Report on vaccination in Madras 1877-1894 - 1877-1894
Year: 1877
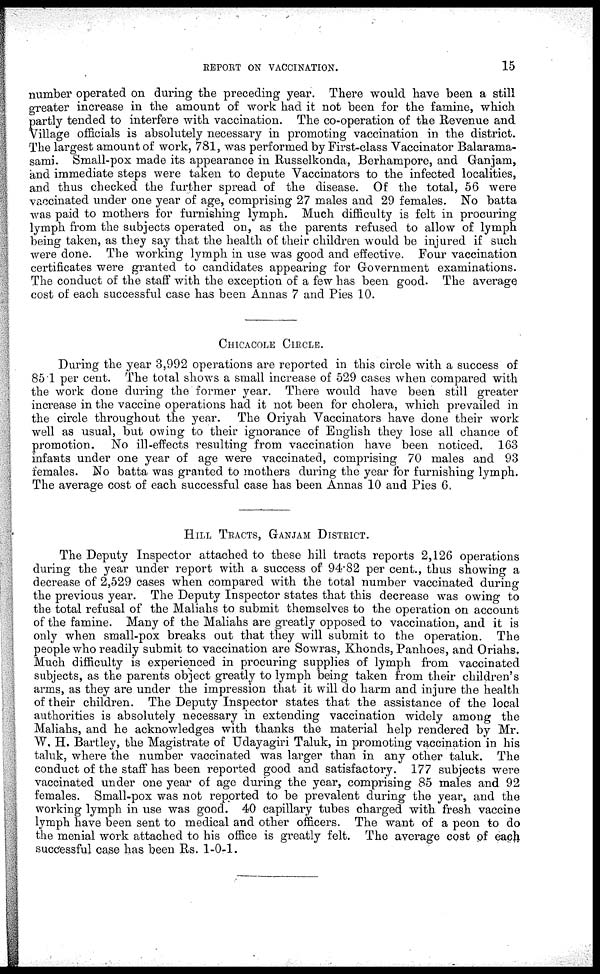
REPORT ON VACCINATION.
15
number operated on during the preceding year. There would have been a still
greater increase in the amount of work had it not been for the famine, which
partly tended to interfere with vaccination. The co-operation of the Revenue and
Village officials is absolutely necessary in promoting vaccination in the district.
The largest amount of work, 781, was performed by First-class Vaccinator Balarama¬
sami. Small-pox made its appearance in Russelkonda, Berhampore, and Ganjam,
and immediate steps were taken to depute Vaccinators to the infected localities,
and thus checked the further spread of the disease. Of the total, 56 were
vaccinated under one year of age, comprising 27 males and 29 females. No batta
was paid to mothers for furnishing lymph. Much difficulty is felt in procuring
lymph from the subjects operated on, as the parents refused to allow of lymph
being taken, as they say that the health of their children would be injured if such
were done. The working lymph in use was good and effective. Four vaccination
certificates were granted to candidates appearing for Government examinations.
The conduct of the staff with the exception of a few has been good. The average
cost of each successful case has been Annas 7 and Pies 10.
CHICACOLE CIRCLE.
During the year 3,992 operations are reported in this circle with a success of
85.1 per cent. The total shows a small increase of 529 cases when compared with
the work done during the former year. There would have been still greater
increase in the vaccine operations had it not been for cholera, which prevailed in
the circle throughout the year. The Oriyah Vaccinators have done their work
well as usual, but owing to their ignorance of English they lose all chance of
promotion. No ill-effects resulting from vaccination have been noticed. 163
infants under one year of age were vaccinated, comprising 70 males and 93
females. No batta was granted to mothers during the year for furnishing lymph.
The average cost of each successful case has been Annas 10 and Pies 6.
HILL TRACTS, GANJAM DISTRICT.
The Deputy Inspector attached to these hill tracts reports 2,126 operations
during the year under report with a success of 94.82 per cent., thus showing a
decrease of 2,529 cases when compared with the total number vaccinated during
the previous year. The Deputy Inspector states that this decrease was owing to
the total refusal of the Maliahs to submit themselves to the operation on account
of the famine. Many of the Maliahs are greatly opposed to vaccination, and it is
only when small-pox breaks out that they will submit to the operation. The
people who readily submit to vaccination are Sowras, Khonds, Panhoes, and Oriahs.
Much difficulty is experienced in procuring supplies of lymph from vaccinated
subjects, as the parents object greatly to lymph being taken from their children's
arms, as they are under the impression that it will do harm and injure the health
of their children. The Deputy Inspector states that the assistance of the local
authorities is absolutely necessary in extending vaccination widely among the
Maliahs, and he acknowledges with thanks the material help rendered by Mr.
W. H. Bartley, the Magistrate of Udayagiri Taluk, in promoting vaccination in his
taluk, where the number vaccinated was larger than in any other taluk. The
conduct of the staff has been reported good and satisfactory. 177 subjects were
vaccinated under one year of age during the year, comprising 85 males and 92
females. Small-pox was not reported to be prevalent during the year, and the
working lymph in use was good. 40 capillary tubes charged with fresh vaccine
lymph have been sent to medical and other officers. The want of a peon to do
the menial work attached to his office is greatly felt. The average cost of each
successful case has been Rs. 1-0-1.